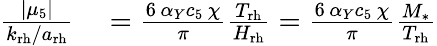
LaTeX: \begin{array}{rl}{\frac{\left|\mu_{5}\right|}{k_{\mathrm{rh}}/a_{\mathrm{rh}}}}&{{}=\frac{6\, \alpha_{Y}c_{5}\, \chi}{\pi}\frac{T_{\mathrm{rh}}}{H_{\mathrm{rh}}}=\frac{6\, \alpha_{Y}c_{5}\, \chi}{\pi}\frac{M_{*}}{T_{\mathrm{rh}}}}\end{array}